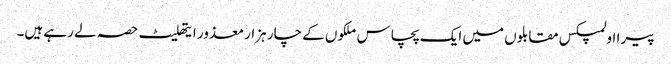
پیرا اولمپکس مقابلوں میں ایک پچاس ملکوں کے چار ہزار معذور ایتھلیٹ حصہ لے رہے ہیں۔